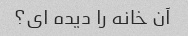
آن خانه را دیده ای؟